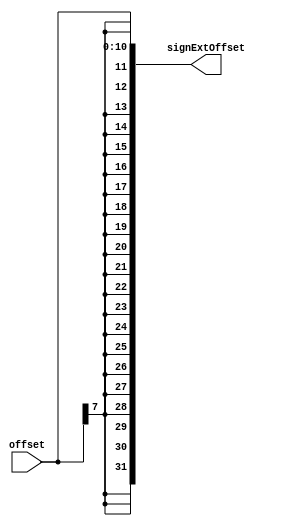
module signExt11to32(input [10:0] offset, output reg [31:0] signExtOffset);
	always@(offset)
	begin
			signExtOffset={{21{offset[7]}},offset[10:0]};
	end
endmodule